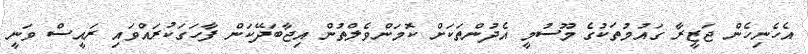
އެހެނިހެން ޖަޒީރާ ގައުމުތަކުގެ މޫސުމީ އެދުންތަކަށް ކޮމަންވެލްތުން އިޖާބަދޭކަން ފާހަގަކުރައްވައި ރައީސް ވަނީ